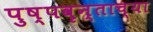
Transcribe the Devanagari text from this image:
पुष्पवृन्ताच्या